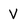
Character: V